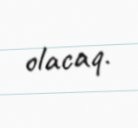
olacaq.